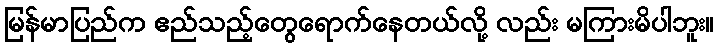
မြန်မာပြည်က ဧည်သည့်တွေရောက်နေတယ်လို့ လည်း မကြားမိပါဘူး။